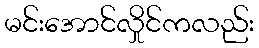
မင်းအောင်လှိုင်ကလည်း